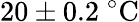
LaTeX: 20\pm 0.2\ ^{\circ}\mathrm{C}